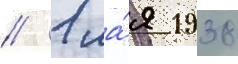
// 1 ма́я 1938